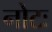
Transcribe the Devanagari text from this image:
नोटः